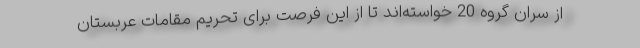
از سران گروه 20 خواسته‌اند تا از این فرصت برای تحریم مقامات عربستان